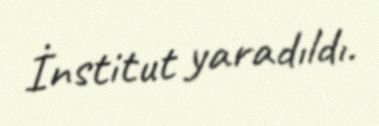
İnstitut yaradıldı.